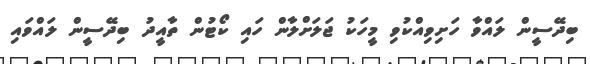
ބިދޭސީން ލައްވާ ހަށިވިއްކުވި މީހަކު ޖަލަށްލާން ހައި ކޯޓުން ތާއީދު ބިދޭސީން ލައްވައި